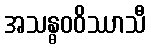
အသန္ဓဝဝိဿာသီ